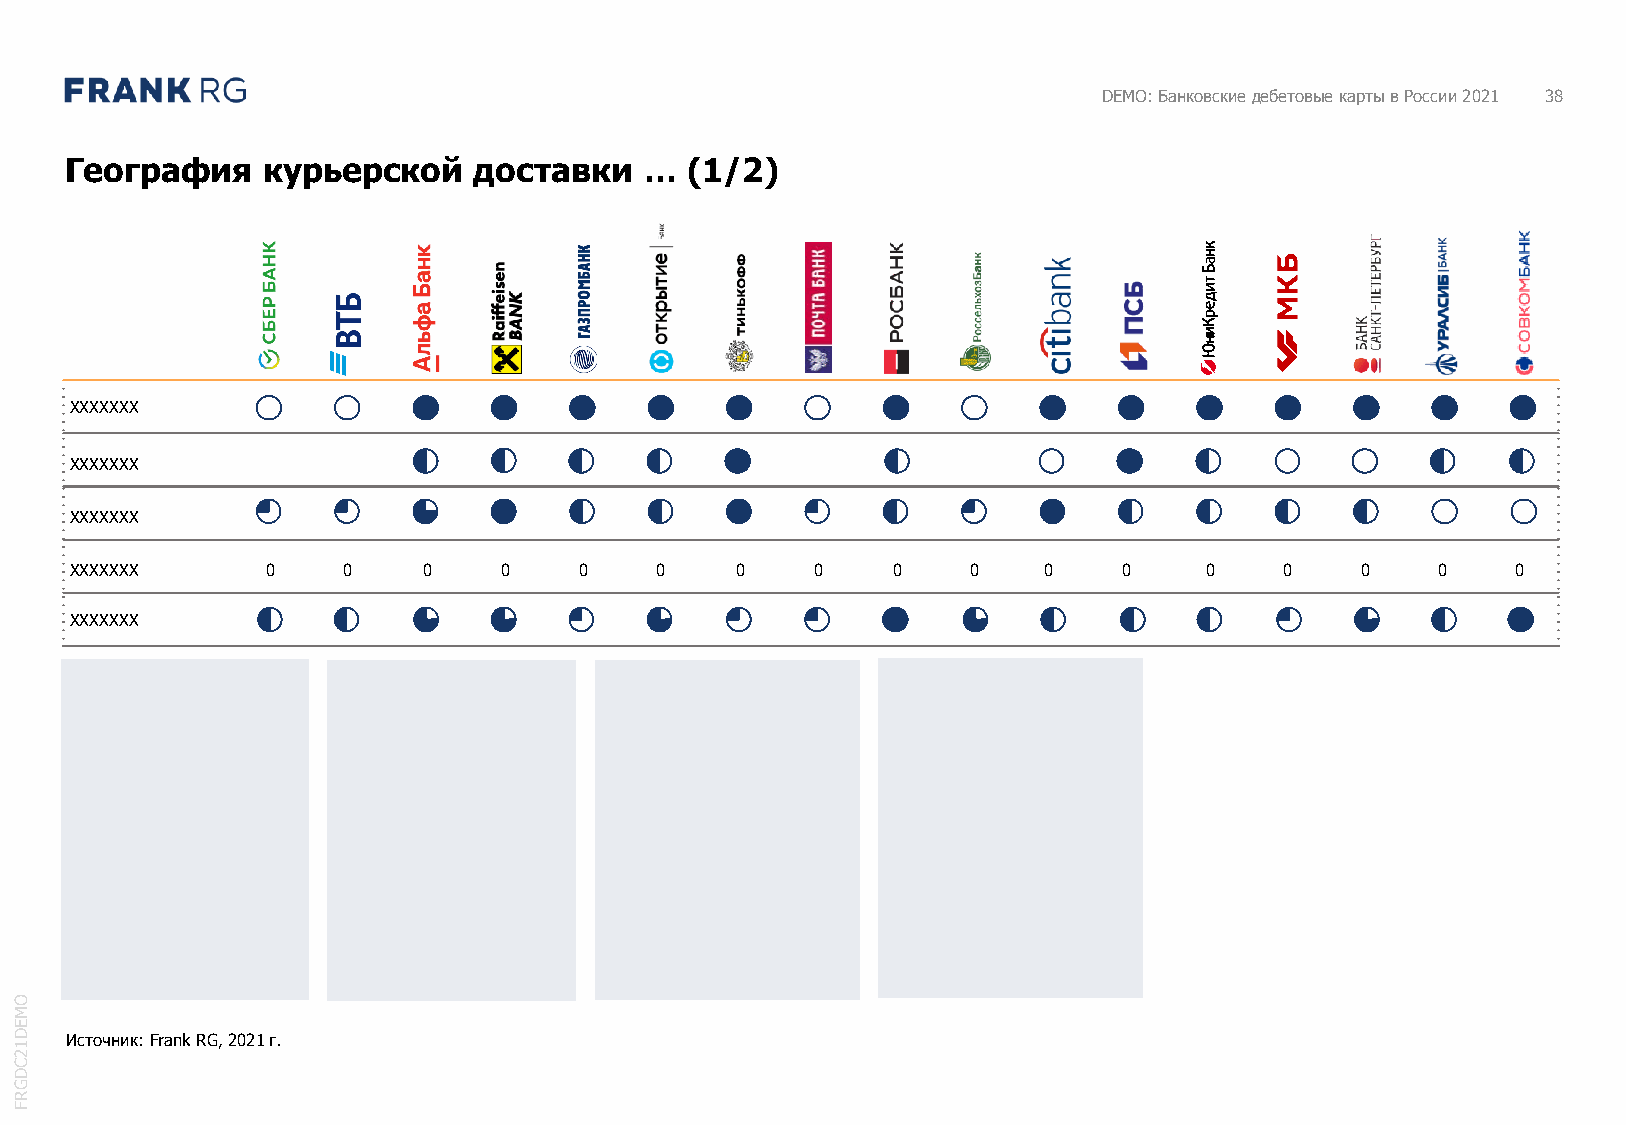
DEMO: Банковские дебетовые карты в России 2021 38
 География    курьерской    доставки    … (1/2)
 XXXXXXX
 XXXXXXX
 XXXXXXX
 XXXXXXX      0    0    0    0    0    0     0    0    0    0    0    0     0    0    0    0    0
 XXXXXXX
 O
 M
 E
 D  Источник: Frank RG, 2021г.
 1
 2
 C
 D
 G
 R
 F